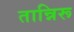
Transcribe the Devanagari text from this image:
तान्निरू